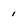
Character: 1